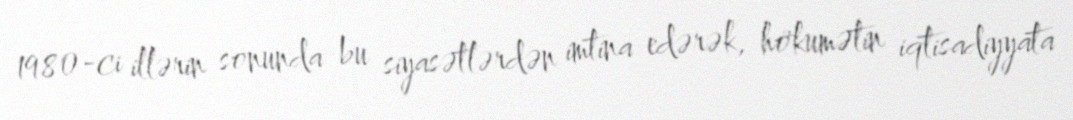
1980-ci illərin sonunda bu siyasətlərdən imtina edərək, hökumətin iqtisadiyyata